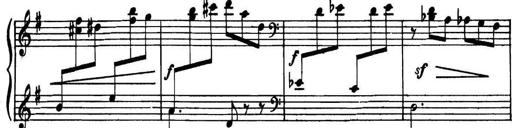
Title: Piano Sonatina in G minor
Composer: John Blackwood McEwen
Key: G minor